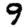
Digit: 9